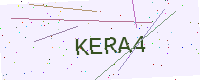
Text: KERA4